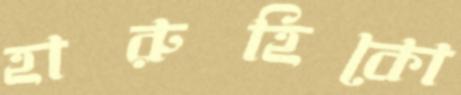
হারুহিকো